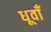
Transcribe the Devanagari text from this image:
धूवाँ